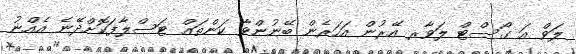
ލަވް އަ ގޯސްޓް ލަވާރ އޭރުން އަހަރެން ބޭނުންވާ ކަންތައް ޓަސްލާފަކޮށްދޭނެ އެއްނު